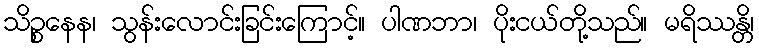
သိဉ္စနေန၊ သွန်းလောင်းခြင်းကြောင့်။ ပါဏဘာ၊ ပိုးငယ်တို့သည်။ မရိဿန္တိ၊